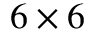
6 \times 6